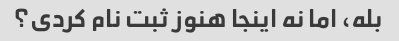
بله، اما نه اینجا هنوز ثبت نام کردی؟